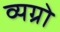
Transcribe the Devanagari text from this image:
व्यग्रो